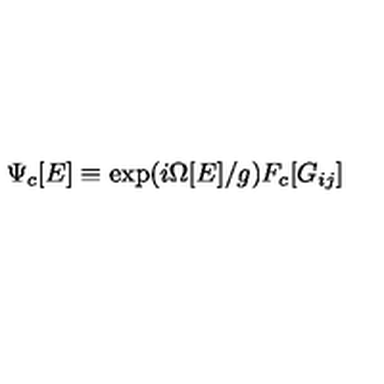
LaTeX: \Psi _ { c } [ E ] \equiv \exp ( i \Omega [ E ] / g ) F _ { c } [ G _ { i j } ]